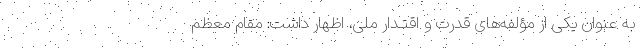
به عنوان یکی از مؤلفه‌های قدرت و اقتـدار ملی، اظهار داشت: مقام معظم